Annual statistical returns and brief notes on vaccination in Bengal - 1909-1929
Year: 1909
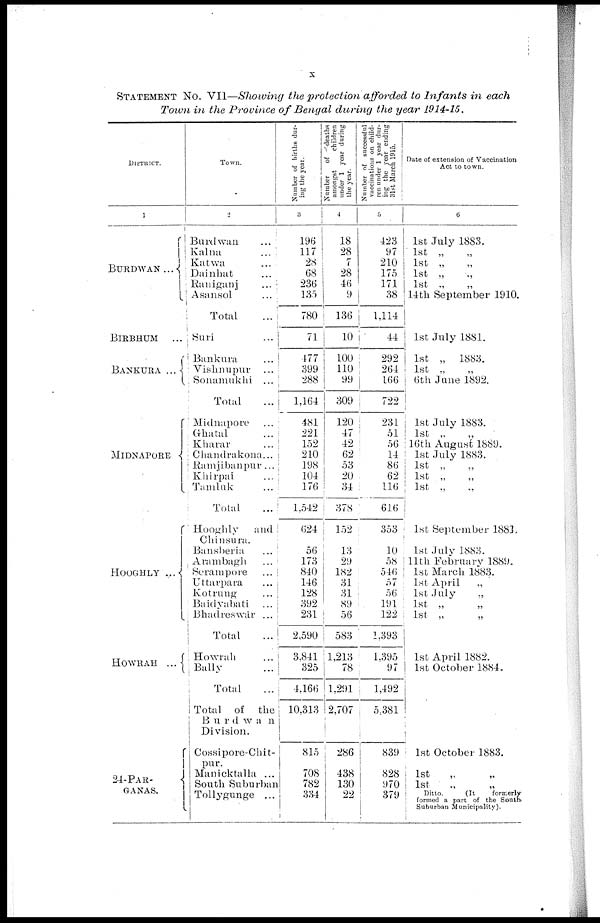
x
STATEMENT No. VII—Showing the protection afforded to Infants in each
Town in the Province of Bengal during the year 1914-15.
DISTRICT.
1
BURDWAN...
BIRBHUM
...
BANKURA ...
MIDNAPORE
HOOGHLY ...
HOWRAH ...
24-PAR¬
GANAS.
Town.
2
Burdwan ...
Kalna ...
Katwa ...
Dainhat ...
Raniganj ...
Asansol ...
Total ...
Suri ...
Bankura ...
Vishnupur ...
Sonamukhi ...
Total ...
Midnapore ...
Ghatal ...
Kharar ...
Chandrakona...
Ramjibanpur...
Khirpai ...
Tamluk ...
Total ...
Hooghly
and
Chinsura.
Bansberia ...
Arambagh ...
Serampore ...
Uttarpara ...
Kotrung ...
Baidyabati ...
Bhadreawar ...
Total ...
Howrah ...
Bally ...
Total
...
Total of the
Burdwan
Division.
Cossipore-Chit¬
pur.
Manicktalla ...
South Suburban
Tollygunge ...
Number of births dur-
ing the year.
3
196
117
28
68
236
135
780
71
477
399
288
1,164
481
221
152
210
198
104
176
1,542
624
56
173
840
146
128
392
231
2,590
3,841
325
4,166
10,313
815
708
782
334
Number
of deaths
amongst
children
under 1 year during
the year.
4
18
28
7
28
46
9
136
10
100
110
99
309
120
47
42
62
53
20
34
378
152
13
29
182
31
31
89
56
583
1,213
78
1,291
2,707
286
438
130
22
Number of successful
vaccinations on child-
ren under 1 year dur-
ing the year ending
31st March 1915.
5
423
97
210
175
171
38
1,114
44
292
264
166
722
231
51
56
14
86
62
116
616
353
10
58
546
57
56
191
122
1,393
1,395
97
1,492
5,381
839
828
970
379
Date of extension of Vaccination
Act to town.
6
1st July 1883.
1st „ „
1st „ „
1st „ „
1st „ „
14th September 1910.
1st July 1881.
1st „ 1883.
1st „ „
6th June 1892.
1st July 1883.
1st „ „
16th August 1889.
1st July 1883.
1st „
„
1st „ „
1st „ „
1st September 1883.
1st July 1883.
11th February 1889.
1st March 1883.
1st April
„
1st July „
1st „
„
1st „
„
1st April 1882.
1st October 1884.
1st October 1883.
1st
„
„
1st „ „
Ditto.
(It
formerly
formed a part of the South
Suburban Municipality).